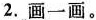
2.画一画。